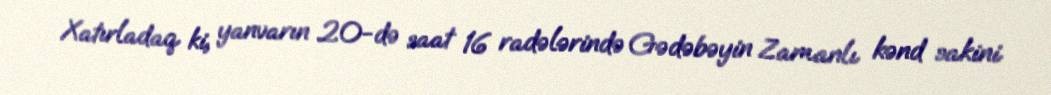
Xatırladaq ki, yanvarın 20-də saat 16 radələrində Gədəbəyin Zamanlı kənd sakini